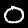
Label: 0